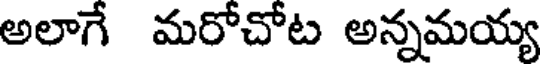
అలాగే మరోచోట అన్నమయ్య